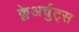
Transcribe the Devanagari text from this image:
क्लेअर्चुट्स